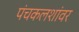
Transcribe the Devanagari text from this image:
पंचकलशांवर